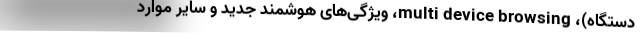
دستگاه)، multi device browsing، ویژگی‌های هوشمند جدید و سایر موارد